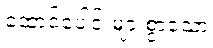
ထောင်ပေါင်းများစွာသော